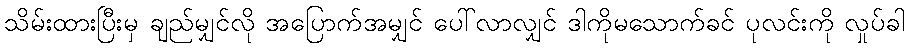
သိမ်းထားပြီးမှ ချည်မျှင်လို အပြောက်အမျှင် ပေါ်လာလျှင် ဒါကိုမသောက်ခင် ပုလင်းကို လှုပ်ခါ